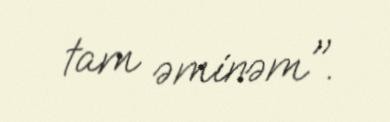
tam əminəm".